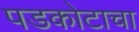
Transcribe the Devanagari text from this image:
पडकोटाचा